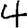
Digit: 4